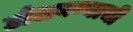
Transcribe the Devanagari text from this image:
टोलवण्याची